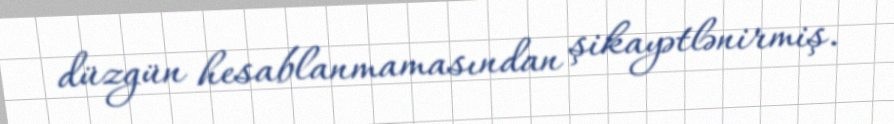
düzgün hesablanmamasından şikayətlənirmiş.